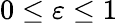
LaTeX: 0\leq\varepsilon\leq 1